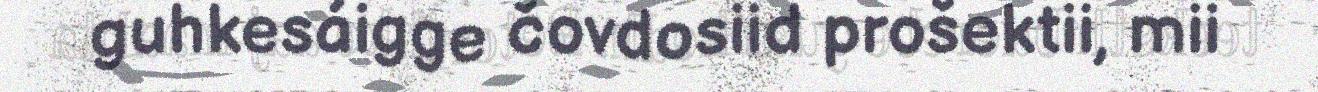
guhkesáigge čovdosiid prošektii, mii